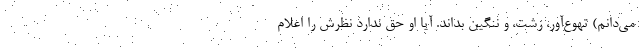
می‌دانم) تهوع‌آور، زشت، و ننگین بداند. آیا او حق ندارد نظرش را اعلام